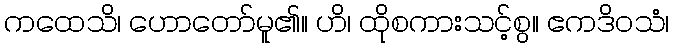
ကထေသိ၊ ဟောတော်မူ၏။ ဟိ၊ ထိုစကားသင့်စွ။ ဧကဒိဝသံ၊